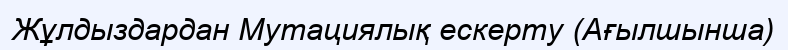
Жұлдыздардан Мутациялық ескерту (Ағылшынша)